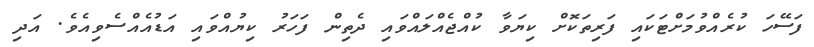
ފަސޭހަ ކުރެއްވުމަށްޓަކައި ފަރިތަކޮށް ކިޔަވާ ކުއްޖެއްލައްވައި ދެތިން ފަހަރު ކިޔުއްވައި އަޑުއެއްސެވިއެވެ. އަދި